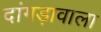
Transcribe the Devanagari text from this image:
दांगड़ावाला